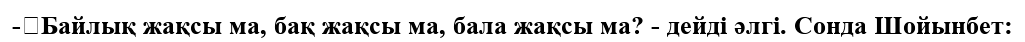
-	Байлық жақсы ма, бақ жақсы ма, бала жақсы ма? - дейді әлгі. Сонда Шойынбет: